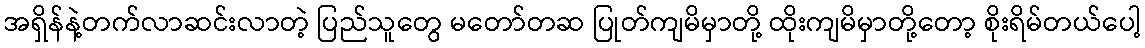
အရှိန်နဲ့တက်လာဆင်းလာတဲ့ ပြည်သူတွေ မတော်တဆ ပြုတ်ကျမိမှာတို့ ထိုးကျမိမှာတို့တော့ စိုးရိမ်တယ်ပေါ့